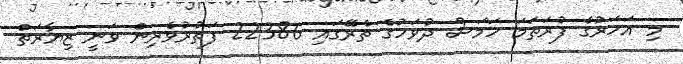
މި އަހަރުގެ ފުރަތަމަ ހަމަސް ދުވަހުގެ ތެރޭގައި 22386 ފަތުރުވެރިން ވަނީ ޒިޔާރަތް